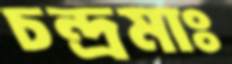
চন্দ্রমাঃ